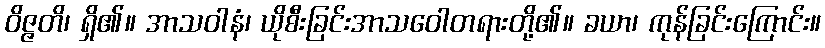
ဝိဇ္ဇတိ၊ ရှိ၏။ အာသဝါနံ၊ ယိုစီးခြင်းအာသဝေါတရားတို့၏။ ခယာ၊ ကုန်ခြင်းကြောင်း။